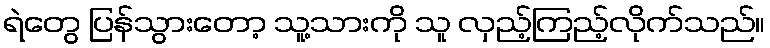
ရဲတွေ ပြန်သွားတော့ သူ့သားကို သူ လှည့်ကြည့်လိုက်သည်။